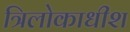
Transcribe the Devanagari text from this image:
त्रिलोकाधीश